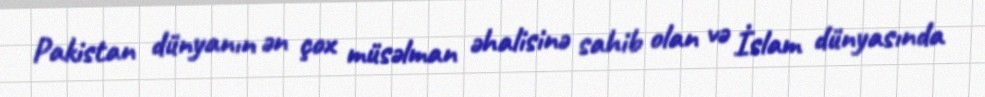
Pakistan dünyanın ən çox müsəlman əhalisinə sahib olan və İslam dünyasında